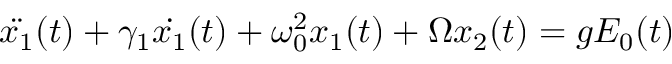
\centering \ddot { x _ { 1 } } ( t ) + \gamma _ { 1 } \dot { x _ { 1 } } ( t ) + \omega _ { 0 } ^ { 2 } x _ { 1 } ( t ) + \Omega x _ { 2 } ( t ) = g E _ { 0 } ( t )